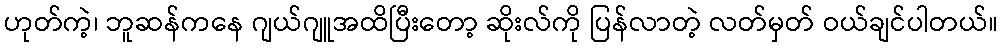
ဟုတ်ကဲ့၊ ဘူဆန်ကနေ ဂျယ်ဂျူအထိပြီးတော့ ဆိုးလ်ကို ပြန်လာတဲ့ လတ်မှတ် ဝယ်ချင်ပါတယ်။